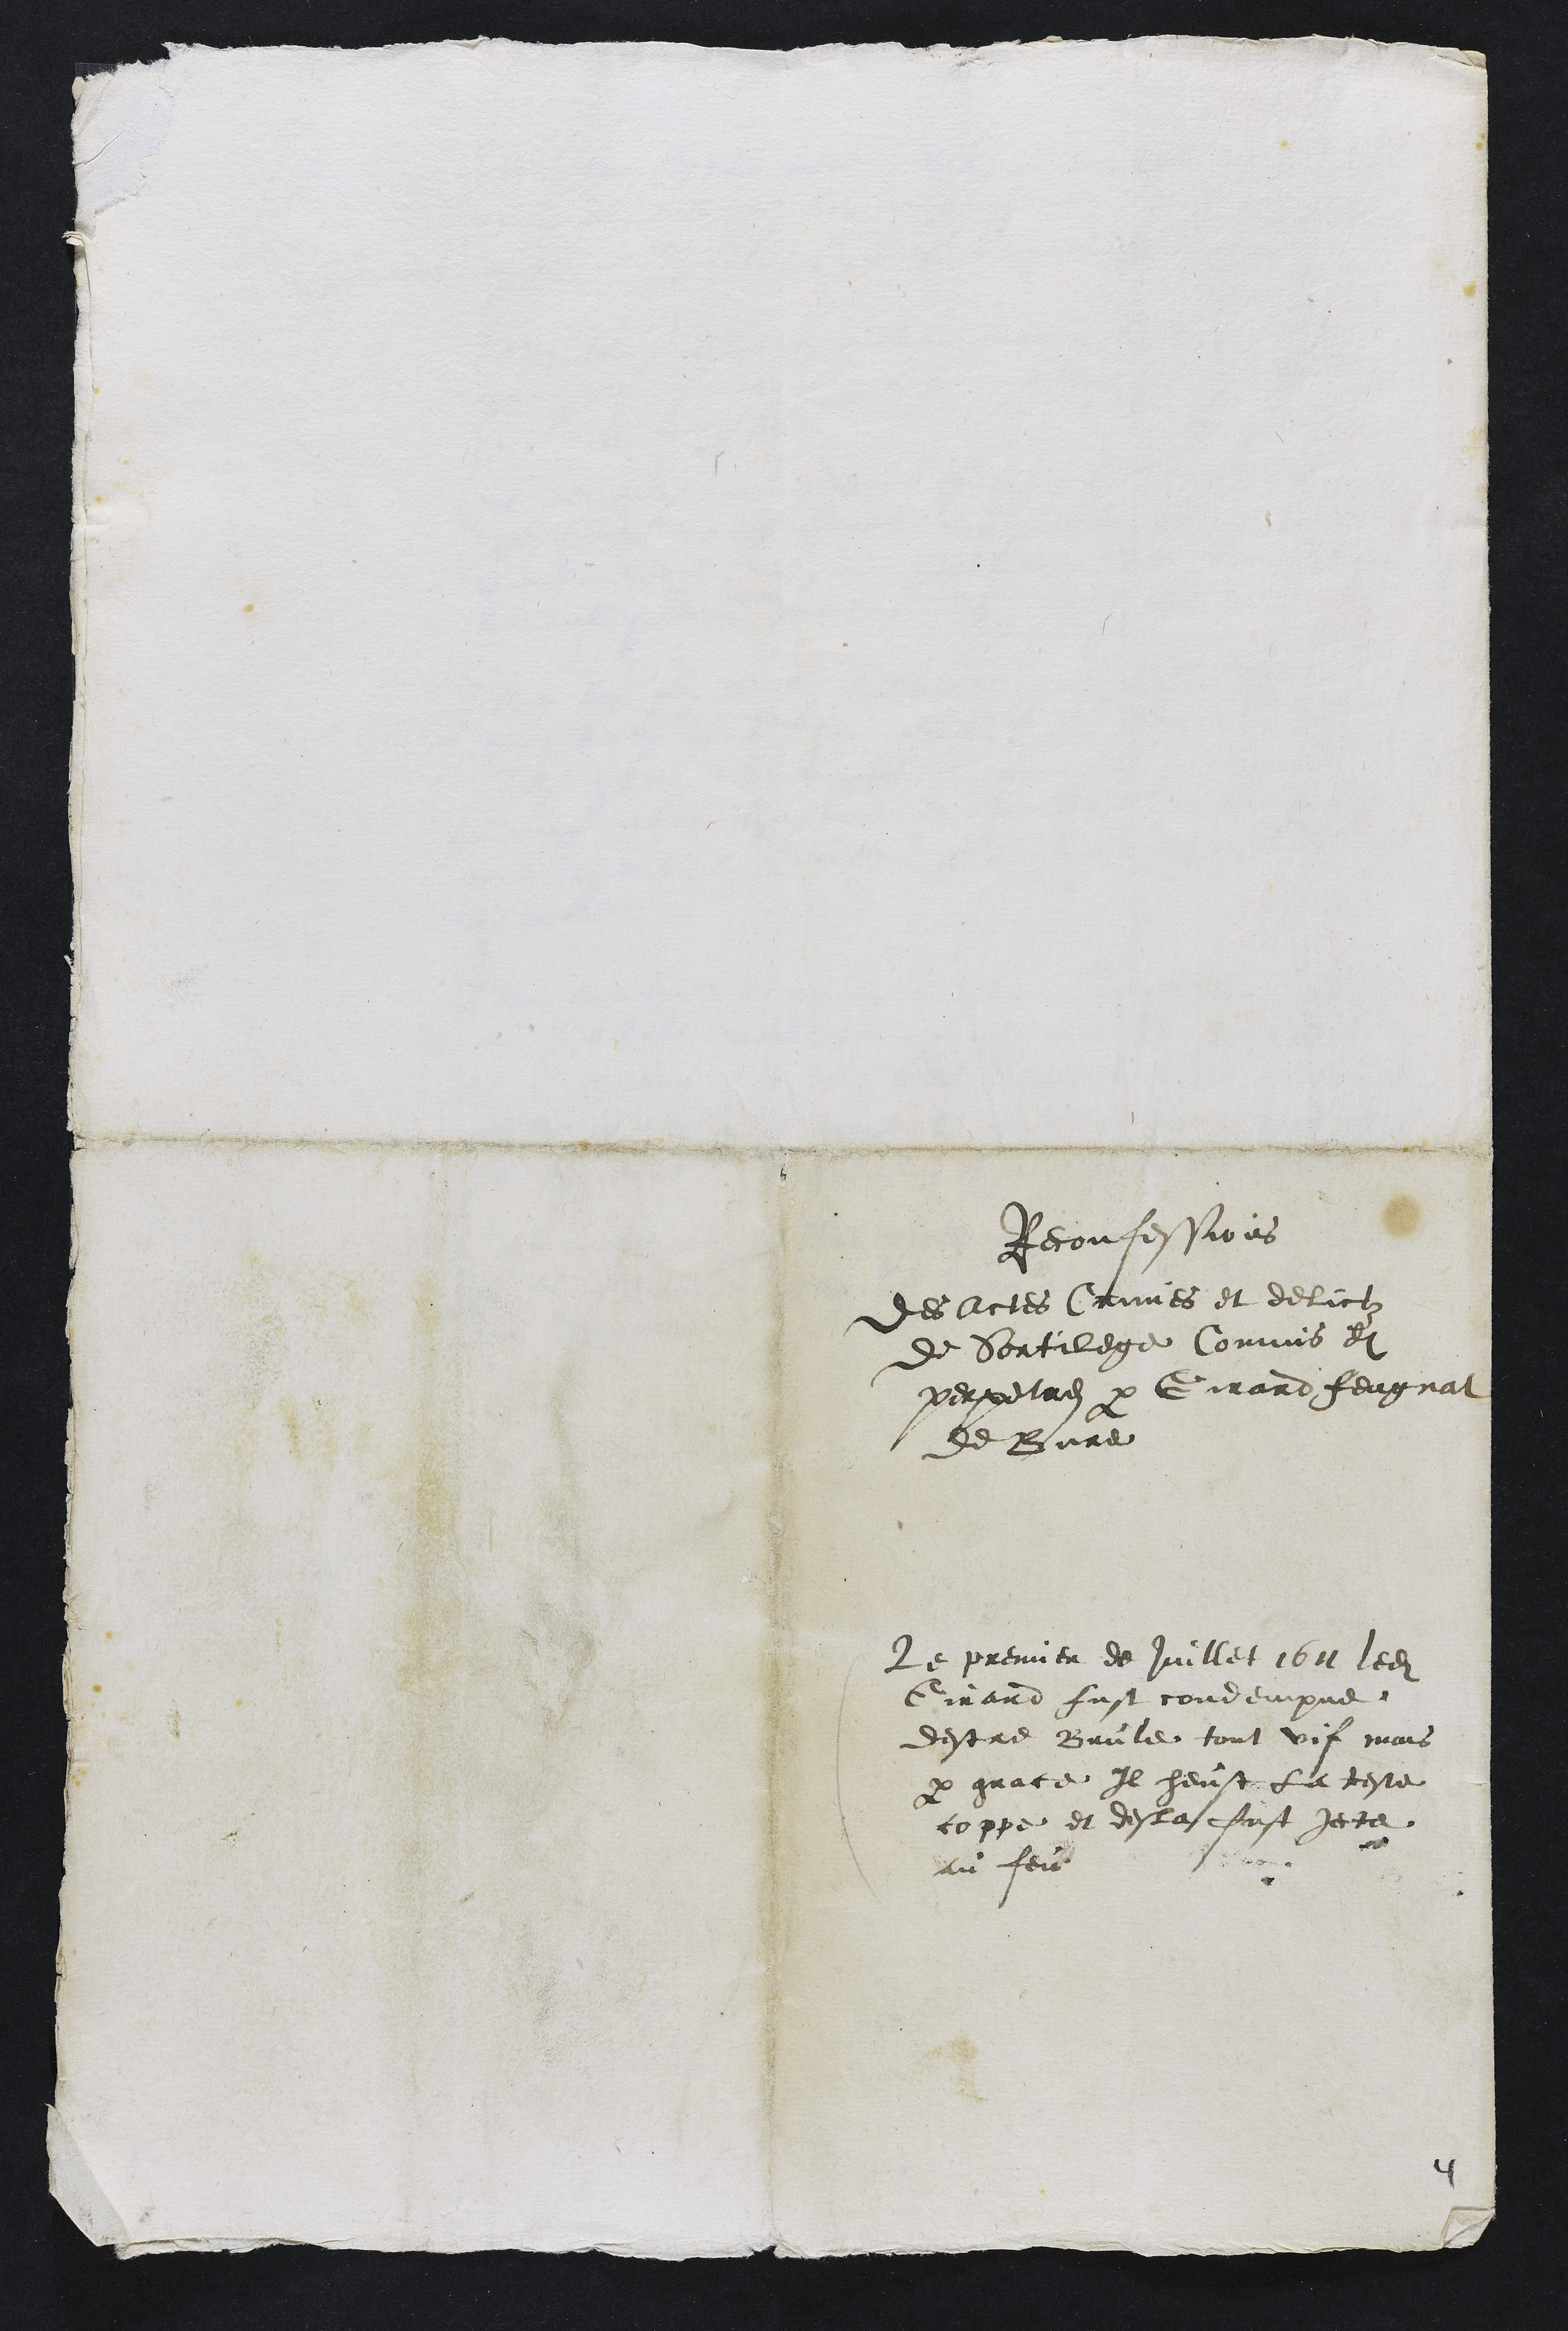
Reconfessions
des Actes Crimes et delictz
de Sortilege Commis et
perpetres par Girard Feugnat
de Bure
Le premier de Juillet 1611 ledit
Girard fust condempne
destre Brule tout vif mais
par grace Il heust la teste
coppe et desla fust jecte
au feu

4